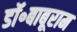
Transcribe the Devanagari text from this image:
डॉ॰बाबूराम